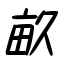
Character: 畝